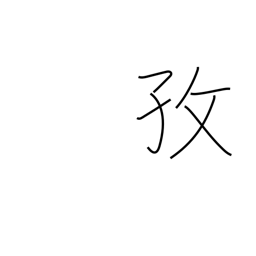
Meaning: industriousness